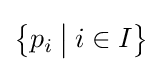
\left\{p_{i}\mathbin {\big \vert } i\in I\right\}